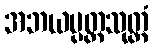
အဘယပ္ပတ္တသုတ္တံ